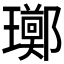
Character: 𪼫